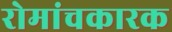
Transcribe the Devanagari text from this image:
रोमांचकारक